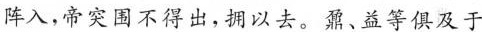
阵入，帝突围不得出，调以去。鼐、益等俱及于